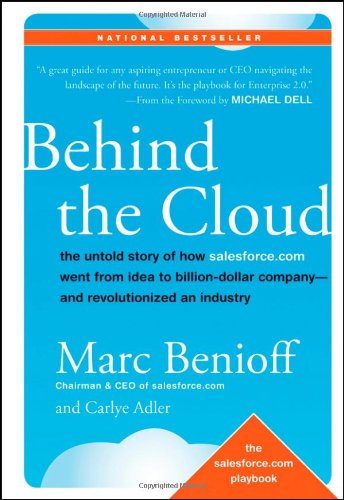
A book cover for Behind the Cloud: The Untold Story of How Salesforce.com Went from Idea to Billion-Dollar Company-and Revolutionized an Industry; Marc Benioff; Business & Money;